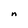
Character: n